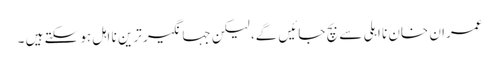
عمران خان نا اہلی سے بچ جائیں گے، لیکن جہانگیر ترین نا اہل ہو سکتے ہیں ۔